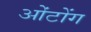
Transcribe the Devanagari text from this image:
ओंटोंग